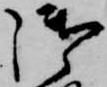
御